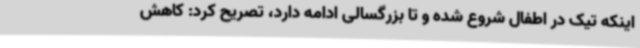
اینکه تیک در اطفال شروع شده و تا بزرگسالی ادامه دارد، تصریح کرد: کاهش